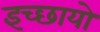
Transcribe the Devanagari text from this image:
इच्छायो